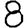
Digit: 8